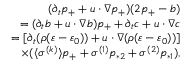
\begin{array} { r } { ( \partial _ { t } p _ { + } + \* u \cdot \nabla p _ { + } ) ( 2 p _ { + } - b ) } \\ { = ( \partial _ { t } b + \* u \cdot \nabla b ) p _ { + } + \partial _ { t } c + \* u \cdot \nabla c } \\ { = [ \partial _ { t } ( \rho ( \varepsilon - \varepsilon _ { 0 } ) ) + \* u \cdot \nabla ( \rho ( \varepsilon - \varepsilon _ { 0 } ) ) ] } \\ { \times ( \langle \sigma ^ { ( k ) } \rangle p _ { + } + \sigma ^ { ( 1 ) } p _ { * 2 } + \sigma ^ { ( 2 ) } p _ { * 1 } ) , } \end{array}